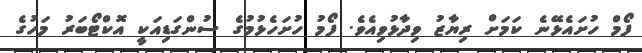
ފޯމް ހުށައެޅޭނެ ކަމަށް ރިޔާޒު ވިދާޅުވިއެވެ. ފޯމު ހުށަހެޅުމުގެ ސުންގަޑިއަކީ އޮކްޓޯބަރު މަހުގެ